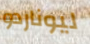
ليوناردو